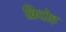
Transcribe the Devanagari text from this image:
व्रिदोह